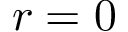
r = 0